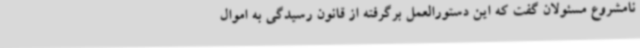
نامشروع مسئولان گفت که این دستورالعمل برگرفته از قانون رسیدگی به اموال